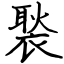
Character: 褧